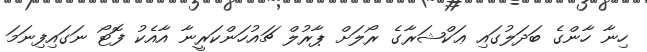
ހިނާ ހާންގެ ބަދަލުގައި ޢަކްޝަރާގެ ރޯލަށް ޕާރުލް ޗައުހަންކަރީނާ އާއެކު ފޮޓޯ ނަގައިފިނަމަ